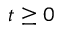
t \geq 0